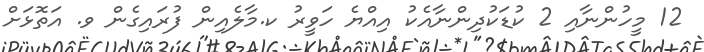
12 މީހުންނާއި 2 ކުޑަކުދިންނާއެކު އިއްޔެ ހަވީރު ކ.މާލެއިން ފުރައިގެން ވ. އަތޮޅަށް